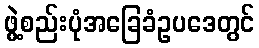
ဖွဲ့စည်းပုံအခြေခံဥပဒေတွင်